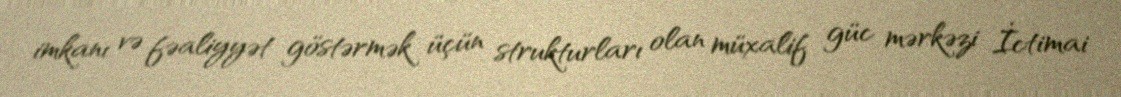
imkanı və fəaliyyət göstərmək üçün strukturları olan müxalif güc mərkəzi İctimai